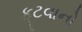
ફૂટવાનો